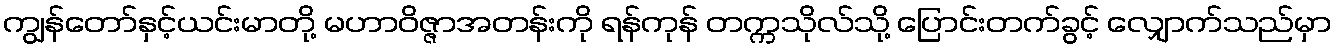
ကျွန်တော်နှင့်ယင်းမာတို့ မဟာဝိဇ္ဇာအတန်းကို ရန်ကုန် တက္ကသိုလ်သို့ ပြောင်းတက်ခွင့် လျှောက်သည်မှာ